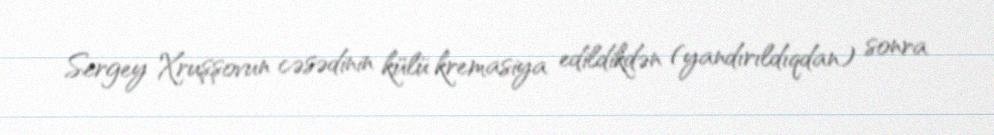
Sergey Xruşşovun cəsədinin külü kremasiya edildikdən (yandırıldıqdan) sonra